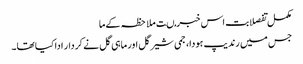
مکمل تفصلابت اس خبر مںت ملاحظہ کےما
جس میں رندیپ ہودا، جمی شیرگل اور ماہی گل نے کردار ادا کیا تھا۔